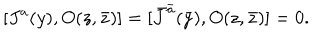
[ J ^ { a } ( y ) , O ( z , \bar { z } ) ] = [ \bar { J } ^ { \bar { a } } ( \bar { y } ) , O ( z , \bar { z } ) ] = 0 .